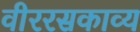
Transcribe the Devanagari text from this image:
वीररसकाव्य